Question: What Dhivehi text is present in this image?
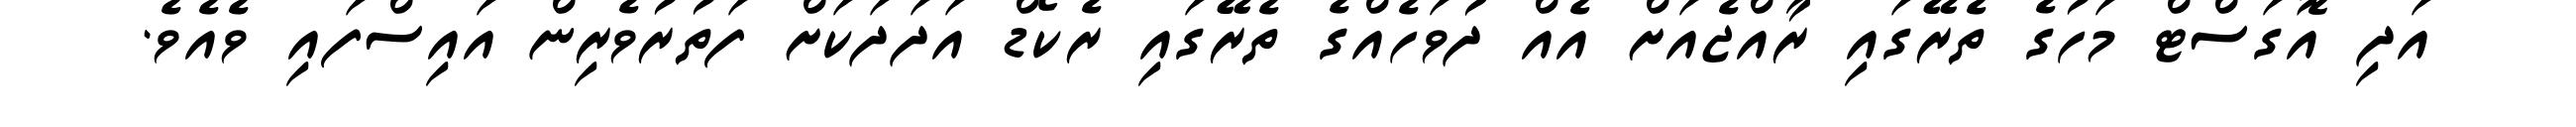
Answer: އަދި އޮގަސްޓް މަހުގެ ތެރޭގައި ރާއްޖެއަށް އެއް ދުވަހެއްގެ ތެރޭގައި ރެކޯޑް އަދަދަކަށް ފަތުރުވެރިން އައިސްފައި ވެއެވެ.